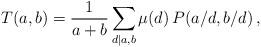
LaTeX: \begin{align*}T(a,b)=\frac{1}{a+b}\sum_{d|a,b}\mu(d)\,P(a/d,b/d)\,,\end{align*}